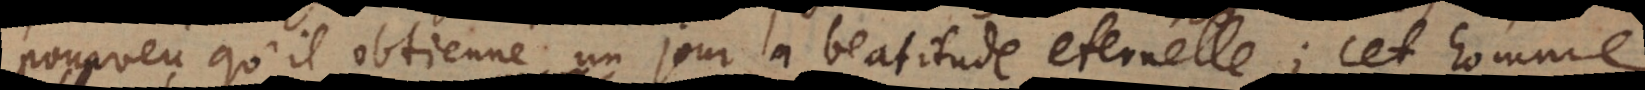
pourveu qu’il obtienne un jour la beatitude eternelle; cet homme